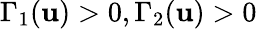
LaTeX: \Gamma_{1}(\mathbf{u})>0,\Gamma_{2}(\mathbf{u})>0